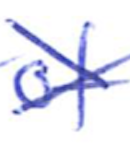
Text: of
Cross-out: cross
Writing tool: ballpoint